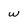
Character: w